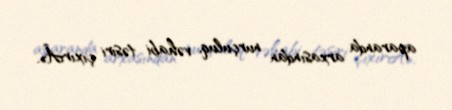
aparanda arxasından nurçuluq, vəhabi təsiri çıxırÂ».